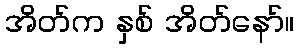
အိတ်က နှစ် အိတ်နော်။